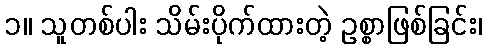
၁။ သူတစ်ပါး သိမ်းပိုက်ထားတဲ့ ဥစ္စာဖြစ်ခြင်း၊